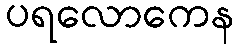
ပရလောကေန